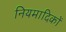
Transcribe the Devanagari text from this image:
नियमादिकों